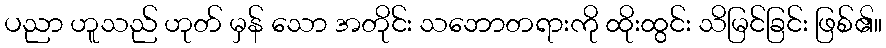
ပညာ ဟူသည် ဟုတ် မှန် သော အတိုင်း သဘောတရားကို ထိုးထွင်း သိမြင်ခြင်း ဖြစ်၏။